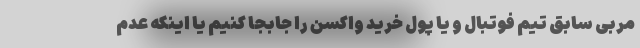
مربی سابق تیم فوتبال و یا پول خرید واکسن را جابجا کنیم یا اینکه عدم